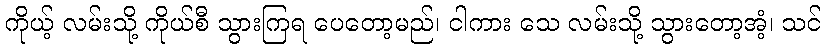
ကိုယ့် လမ်းသို့ ကိုယ်စီ သွားကြရ ပေတော့မည်၊ ငါကား သေ လမ်းသို့ သွားတော့အံ့၊ သင်